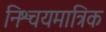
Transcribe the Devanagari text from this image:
निश्चयमात्रिक